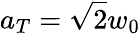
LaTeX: a_{T}=\sqrt{2}w_{0}